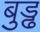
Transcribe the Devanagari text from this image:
बुड्ढ